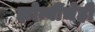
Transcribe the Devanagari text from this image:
झोम्बींचेही